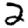
Digit: 2